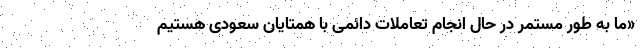
«ما به طور مستمر در حال انجام تعاملات دائمی با همتایان سعودی هستیم